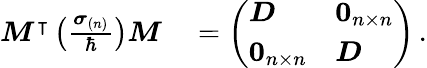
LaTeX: \begin{array}{rl}{\boldsymbol{M}^{\intercal}\left(\frac{\boldsymbol{\sigma}_{(n)}}{\hbar}\right)\boldsymbol{M}}&{{}=\left(\begin{array}{ll}{\boldsymbol{D}}&{\mathbf{0}_{n\times n}}\\ {\mathbf{0}_{n\times n}}&{\boldsymbol{D}}\end{array}\right)\, .}\end{array}